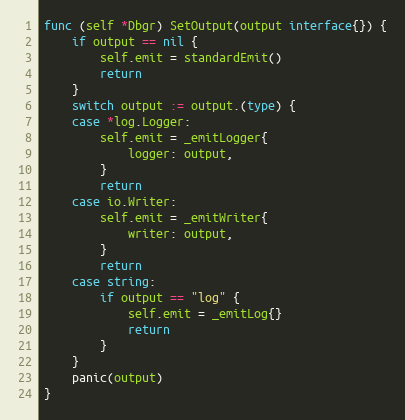
Language: Go
func (self *Dbgr) SetOutput(output interface{}) {
	if output == nil {
		self.emit = standardEmit()
		return
	}
	switch output := output.(type) {
	case *log.Logger:
		self.emit = _emitLogger{
			logger: output,
		}
		return
	case io.Writer:
		self.emit = _emitWriter{
			writer: output,
		}
		return
	case string:
		if output == "log" {
			self.emit = _emitLog{}
			return
		}
	}
	panic(output)
}